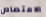
الامتصاص